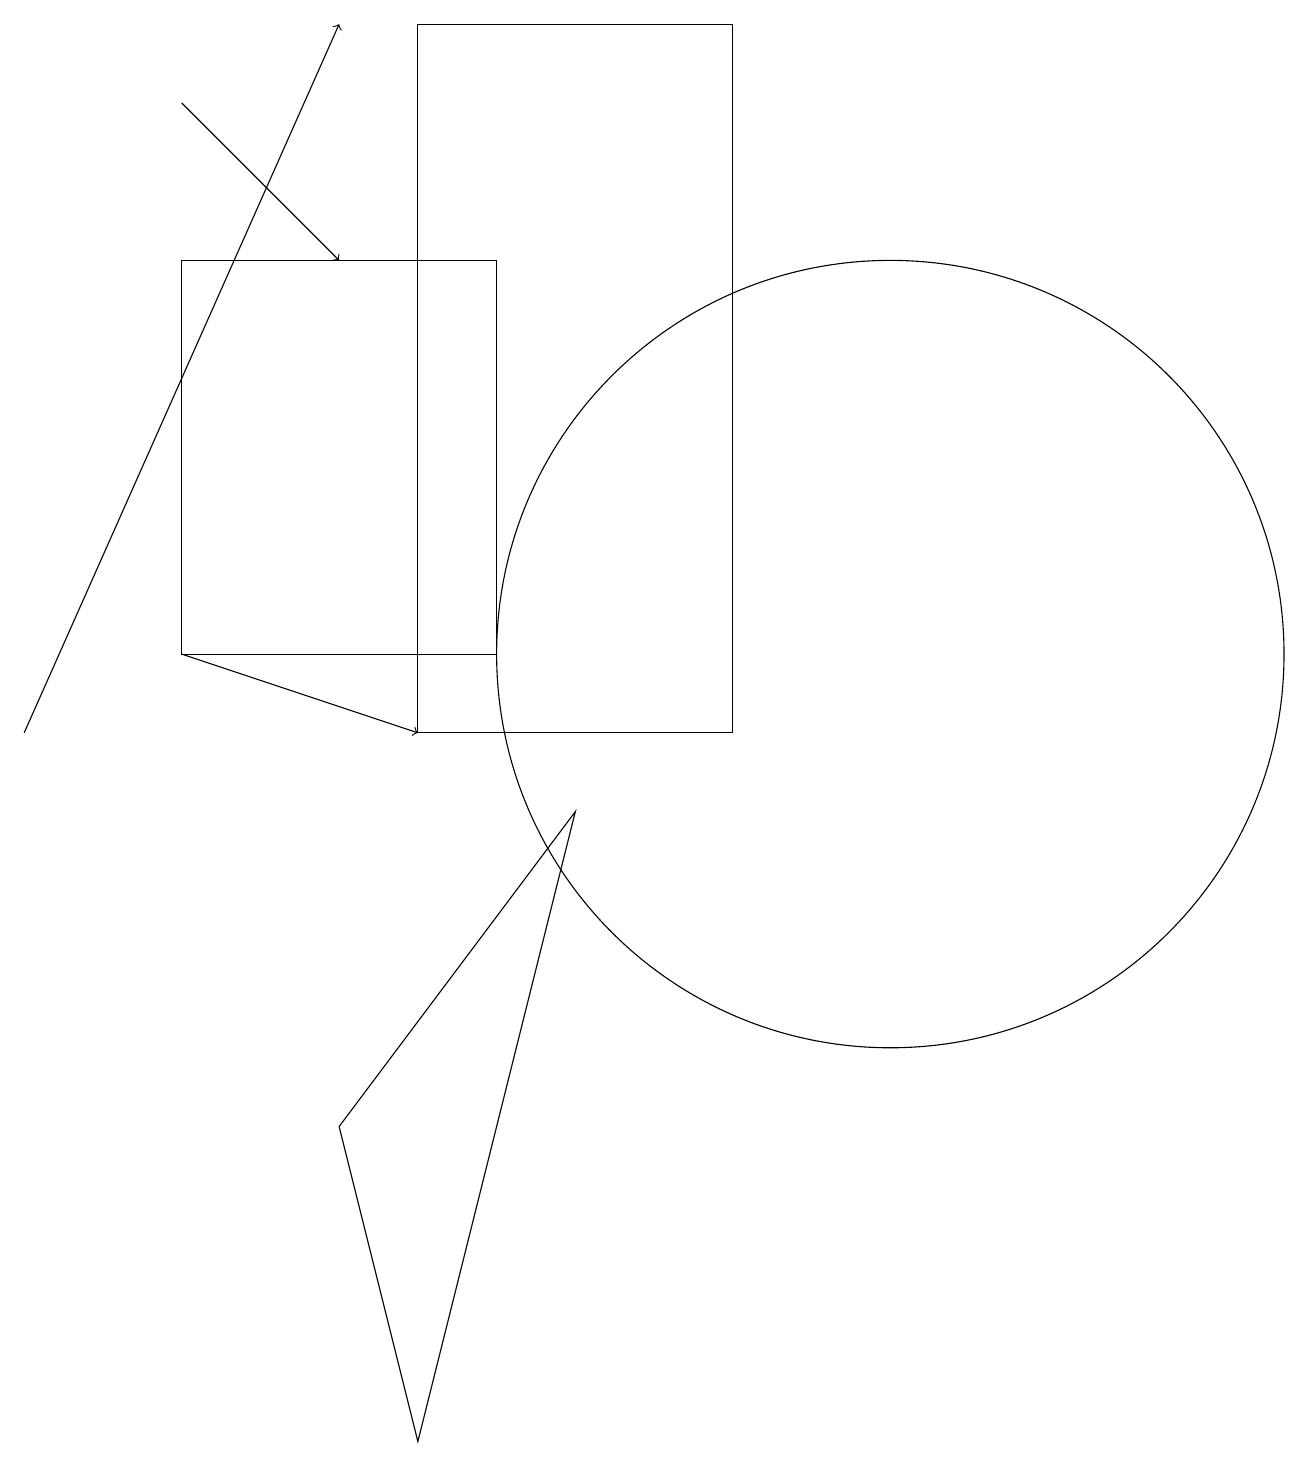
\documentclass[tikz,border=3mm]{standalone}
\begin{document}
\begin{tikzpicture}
\draw (11,11) circle (5);
\draw (7,9) -- (5,1) -- (4,5) -- cycle;
\draw (9,19) rectangle (5,10);
\draw[->] (2,18) -- (4,16);
\draw[->] (2,11) -- (5,10);
\draw[->] (0,10) -- (4,19);
\draw (2,16) rectangle (6,11);
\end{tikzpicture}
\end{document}